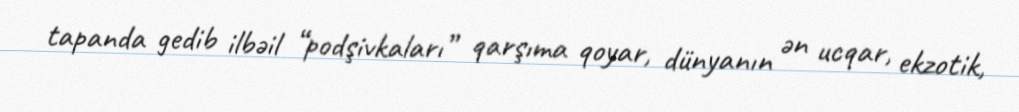
tapanda gedib ilbəil “podşivkaları” qarşıma qoyar, dünyanın ən ucqar, ekzotik,